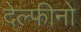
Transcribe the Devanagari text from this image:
देल्फीनो